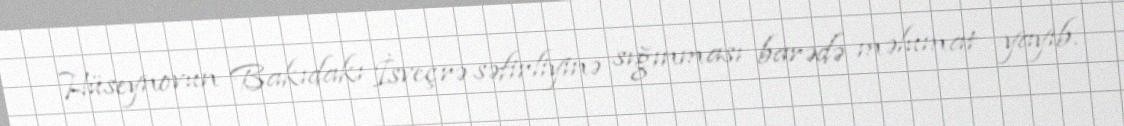
Hüseynovun Bakıdakı İsveçrə səfirliyinə sığınması barədə məlumat yayıb.